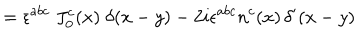
= \epsilon ^ { a b c } \; J _ { 0 } ^ { c } ( x ) \; \delta ( x - y ) - 2 i \epsilon ^ { a b c } n ^ { c } ( x ) \, \delta ^ { \prime } ( x - y )